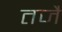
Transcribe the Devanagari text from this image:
तजै